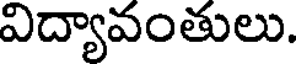
విద్యావంతులు.